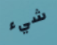
شيء